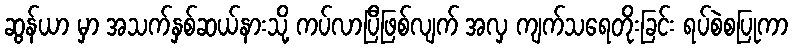
ဆွန်ယာ မှာ အသက်နှစ်ဆယ်နားသို့ ကပ်လာပြီဖြစ်လျက် အလှ ကျက်သရေတိုးခြင်း ရပ်စဲစပြုကာ